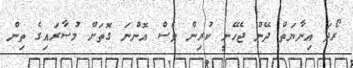
ރޯދަ އިނާޔަތް ދޭން ޖެހޭނީ ކުރިން ވެސް އޮންނަ ގޮތަށް މުސާރައިގެ ތިން